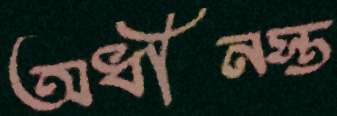
অধীনস্ত